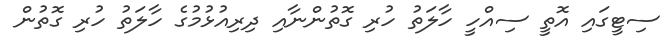
ސިޓީގައި އޮތީ ސިއްހީ ހާލަތު ހުރި ގޮތުންނާއި ދިރިއުޅުމުގެ ހާލަތު ހުރި ގޮތުން